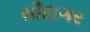
સૌદાગર